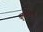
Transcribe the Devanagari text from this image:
कुडंलाकार